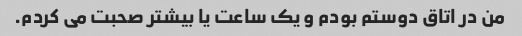
من در اتاق دوستم بودم و یک ساعت یا بیشتر صحبت می کردم.